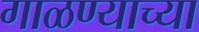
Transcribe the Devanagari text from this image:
गाळण्याच्या